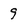
Character: 9